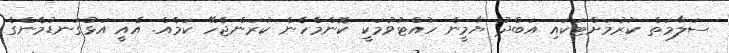
ސަލާމަތް ކުރުމަށްޓަކައި އަބްދު ޔާމީން ހުއްޓުވުމަކީ ކޮންމެހެން ކުރަންޖެހޭ ކަމެއް. އެއީ އަޅުގަނޑުމެންގެ